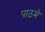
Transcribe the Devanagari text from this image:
पाठमे